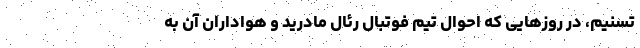
تسنیم، در روزهایی که احوال تیم فوتبال رئال مادرید و هواداران آن به